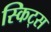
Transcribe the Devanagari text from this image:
स्किट्स